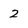
Character: 2